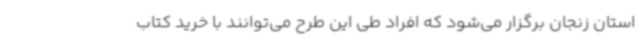
استان زنجان برگزار می‌شود که افراد طی این طرح می‌توانند با خرید کتاب